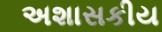
અશાસકીય